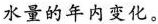
水量的年内变化。